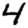
Digit: 4